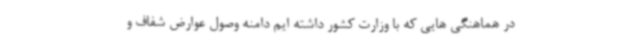
در هماهنگی هایی که با وزارت کشور داشته ایم دامنه وصول عوارض شفاف و